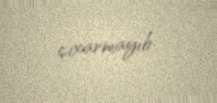
çıxarmayıb.